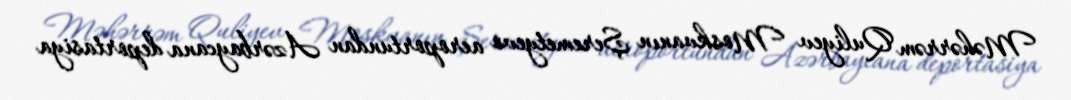
Məhərrəm Quliyev Moskvanın Şeremetyevo aeroportundan Azərbaycana deportasiya